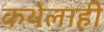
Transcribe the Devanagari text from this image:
कथेलाही